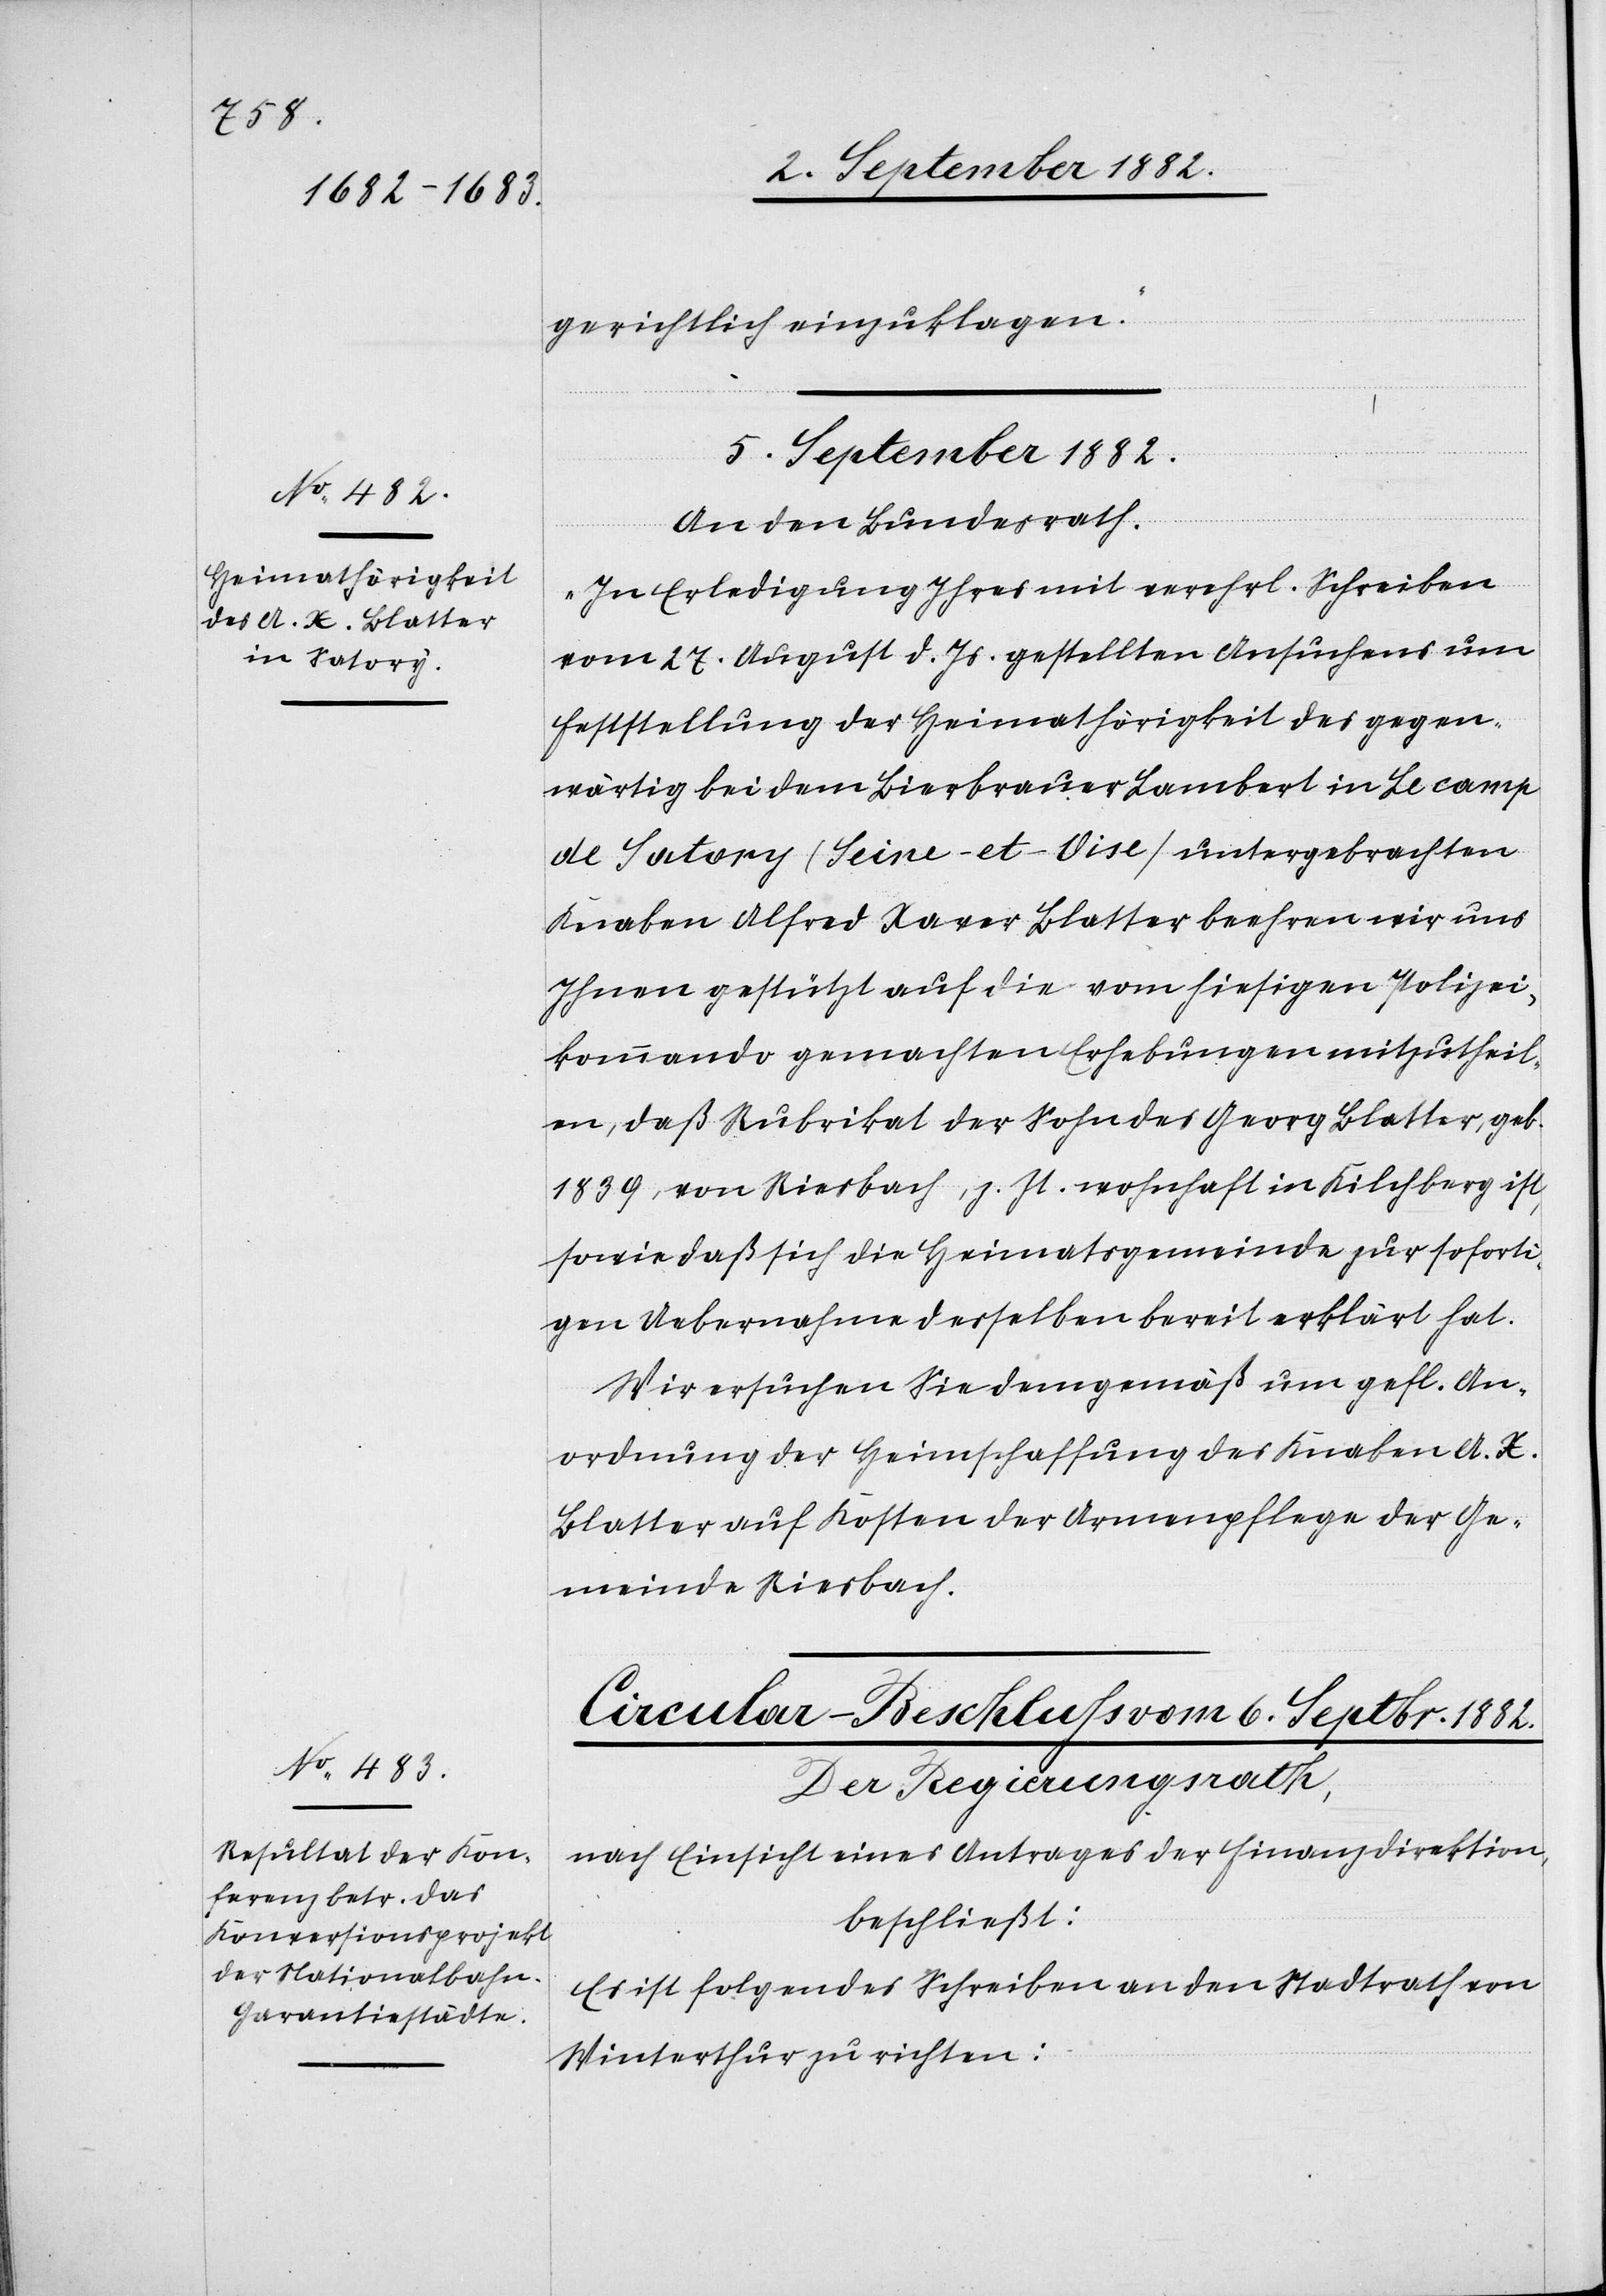
gerichtlich einzuklagen.“
5. September 1882.
An den Bundesrath.
„In Erledigung Ihres mit verehrl. Schreiben
vom 27. August d. Js. gestellten Ansuchens um
Feststellung der Heimathörigkeit des gegen¬
wärtig bei dem Bierbrauer Lambert in Le camp
de Satory (Seine-et-Vise) untergebrachten
Knaben Alfred Xaver Blatter beehren wir uns
Ihnen gestützt auf die vom hiesigen Polizei¬
kommando gemachten Erhebungen mitzutheil¬
en, daß Rubrikat der Sohn des Georg Blatter, geb.
1839, von Riesbach, z. Zt. wohnhaft in Kilchberg ist,
sowie daß sich die Heimatsgemeinde zur soforti¬
gen Uebernahme desselben bereit erklärt hat.
Wir ersuchen Sie demgemäß um gefl. An¬
ordnung der Heimschaffung des Knaben A. X.
Blatter auf Kosten der Armenpflege der Ge¬
meinde Riesbach.
Circular-Beschluß vom 6. Septbr. 1882.
Der Regierungsrath,
nach Einsicht eines Antrages der Finanzdirektion,
beschließt:
Es ist folgendes Schreiben an den Stadtrath von
Winterthur zu richten: